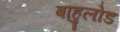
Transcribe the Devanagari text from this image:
बाहुलोड